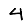
Digit: 4